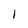
Character: 1